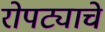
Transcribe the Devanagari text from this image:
रोपट्याचे